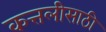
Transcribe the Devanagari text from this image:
कत्तलीसाठी